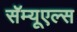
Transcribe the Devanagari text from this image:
सॅम्यूएल्स